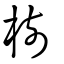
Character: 樹